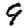
Digit: 9